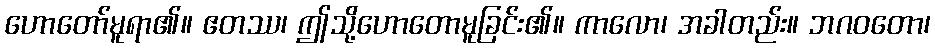
ဟောတော်မူရာ၏။ ဧတဿ၊ ဤသို့ဟောတောမူခြင်း၏။ ကာလော၊ အခါတည်း။ ဘဂဝတော၊